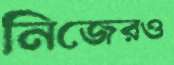
নিজেরও